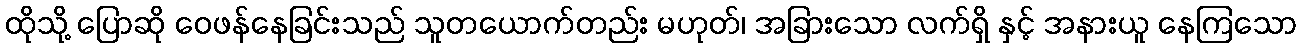
ထိုသို့ ပြောဆို ဝေဖန်နေခြင်းသည် သူတယောက်တည်း မဟုတ်၊ အခြားသော လက်ရှိ နှင့် အနားယူ နေကြသော